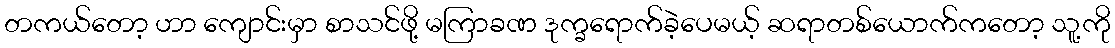
တကယ်တော့ ဟာ ကျောင်းမှာ စာသင်ဖို့ မကြာခဏ ဒုက္ခရောက်ခဲ့ပေမယ့် ဆရာတစ်ယောက်ကတော့ သူ့ကို